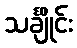
သင်္ချိုင်း